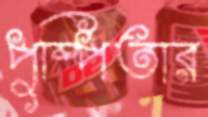
পুষ্পিতার